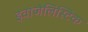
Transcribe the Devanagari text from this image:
इवांजेलिस्टिक